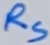
Text: RS